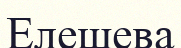
Елешева